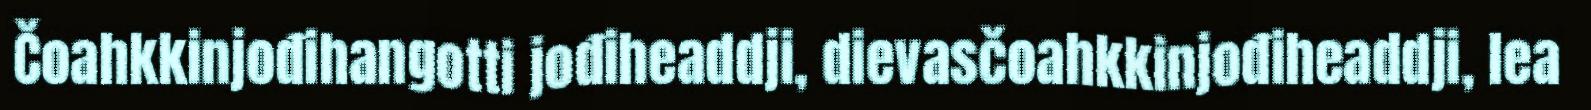
Čoahkkinjođihangotti jođiheaddji, dievasčoahkkinjođiheaddji, lea